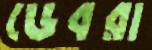
ডেবরা